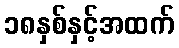
၁၈နှစ်နှင့်အထက်